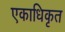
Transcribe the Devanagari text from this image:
एकाधिकृत